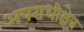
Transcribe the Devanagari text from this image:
अपराधीक्षेत्र